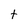
Character: t